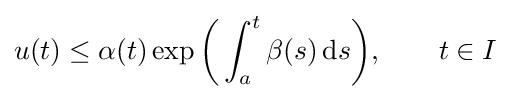
u(t)\leq \alpha (t)\exp {\biggl (}\int _{a}^{t}\beta (s)\,\mathrm {d} s{\biggr )},\qquad t\in I